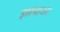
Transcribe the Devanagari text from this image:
इसमाआ